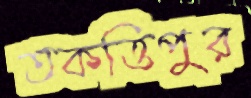
তকত্তিপুর